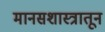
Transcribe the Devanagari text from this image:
मानसशास्त्रातून